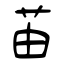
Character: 苖